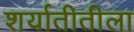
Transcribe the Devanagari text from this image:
शर्यातीतीला